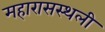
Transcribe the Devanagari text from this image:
महारासस्थली